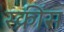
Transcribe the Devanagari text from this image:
स्क्रींस